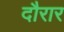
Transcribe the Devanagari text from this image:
दौरार